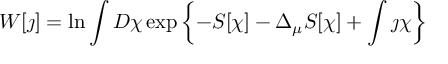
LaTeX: W [ \jmath ] = \ln \int D \chi \exp \left\{ - S [ \chi ] - \Delta _ { \mu } S [ \chi ] + \int \jmath \chi \right\}